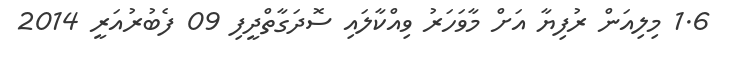
1.6 މިލިއަން ރުފިޔާ އަށް މާވަހަރު ވިއްކާލައި ސޮދަގާތްދީފި 09 ފެބުރުއަރީ 2014